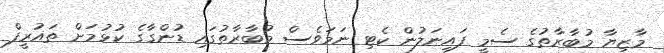
މާޒިޔާ މުބާރާތުގެ ސެމީ ފައިނަލުން ކެޓި ނަމަވެސް މުބާރާތުގައި ޑުންގާގެ ކުޅުމަށް ތައުރީފް